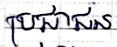
ប្រជាជន